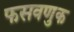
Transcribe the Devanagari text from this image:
फसवणुक